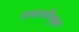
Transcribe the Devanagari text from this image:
यथार्थोंन्मुख